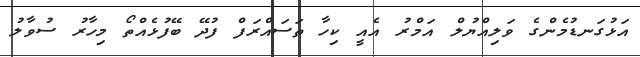
އަޅުގަނޑުމެންގެ ވަލިއްޔުލް އަމްރު އެއީ ކިހާ ތަސައްރަފް ފުދޭ ބޭފުޅެއްތޯ މިހާރު ސުވާލު